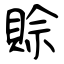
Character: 賒